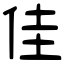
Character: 佳